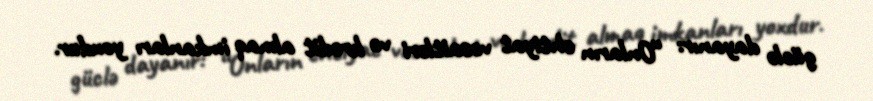
güclə dayanır: “Onların ehtiyat vəsaitləri və kredit almaq imkanları yoxdur.